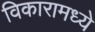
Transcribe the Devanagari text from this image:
विकारामध्ये